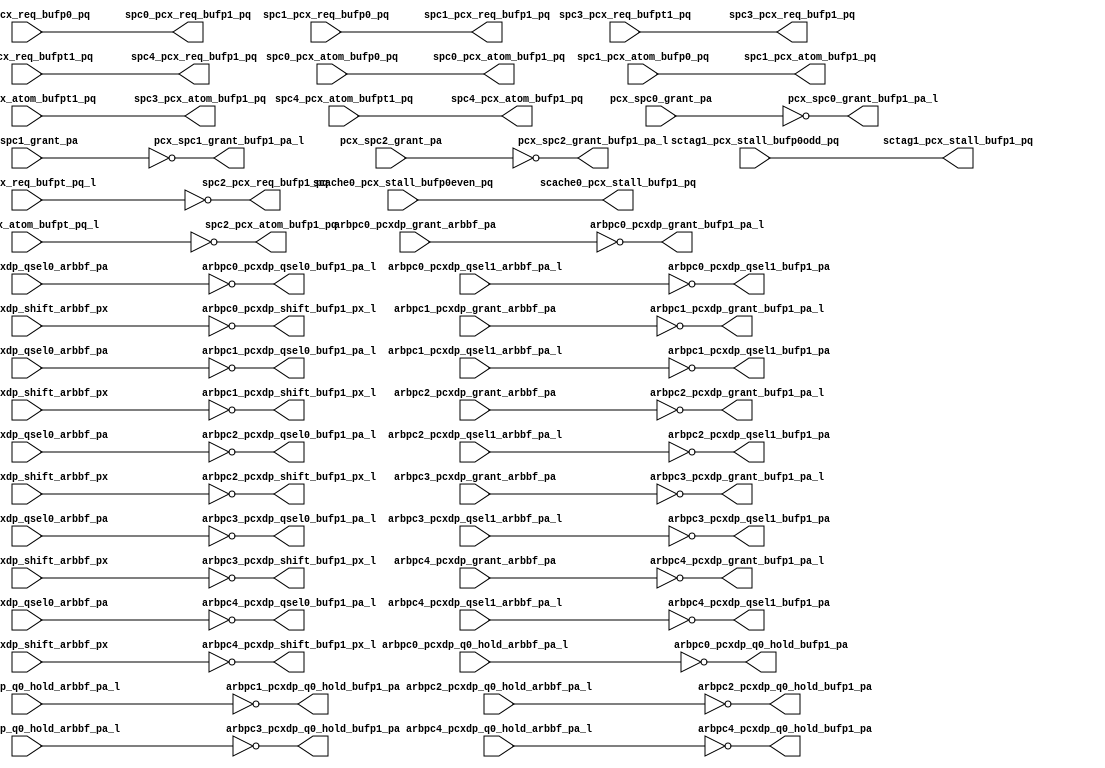
module pcx_buf_p1(/*AUTOARG*/
   // Outputs
   scache0_pcx_stall_bufp1_pq, spc0_pcx_req_bufp1_pq, 
   spc0_pcx_atom_bufp1_pq, spc1_pcx_req_bufp1_pq, 
   spc1_pcx_atom_bufp1_pq, spc2_pcx_req_bufp1_pq, 
   spc2_pcx_atom_bufp1_pq, spc3_pcx_req_bufp1_pq, 
   spc3_pcx_atom_bufp1_pq, spc4_pcx_req_bufp1_pq, 
   spc4_pcx_atom_bufp1_pq, pcx_spc0_grant_bufp1_pa_l, 
   pcx_spc1_grant_bufp1_pa_l, pcx_spc2_grant_bufp1_pa_l, 
   arbpc0_pcxdp_grant_bufp1_pa_l, arbpc0_pcxdp_q0_hold_bufp1_pa, 
   arbpc0_pcxdp_qsel0_bufp1_pa_l, arbpc0_pcxdp_qsel1_bufp1_pa, 
   arbpc0_pcxdp_shift_bufp1_px_l, arbpc1_pcxdp_grant_bufp1_pa_l, 
   arbpc1_pcxdp_q0_hold_bufp1_pa, arbpc1_pcxdp_qsel0_bufp1_pa_l, 
   arbpc1_pcxdp_qsel1_bufp1_pa, arbpc1_pcxdp_shift_bufp1_px_l, 
   arbpc2_pcxdp_grant_bufp1_pa_l, arbpc2_pcxdp_q0_hold_bufp1_pa, 
   arbpc2_pcxdp_qsel0_bufp1_pa_l, arbpc2_pcxdp_qsel1_bufp1_pa, 
   arbpc2_pcxdp_shift_bufp1_px_l, arbpc3_pcxdp_grant_bufp1_pa_l, 
   arbpc3_pcxdp_q0_hold_bufp1_pa, arbpc3_pcxdp_qsel0_bufp1_pa_l, 
   arbpc3_pcxdp_qsel1_bufp1_pa, arbpc3_pcxdp_shift_bufp1_px_l, 
   arbpc4_pcxdp_grant_bufp1_pa_l, arbpc4_pcxdp_q0_hold_bufp1_pa, 
   arbpc4_pcxdp_qsel0_bufp1_pa_l, arbpc4_pcxdp_qsel1_bufp1_pa, 
   arbpc4_pcxdp_shift_bufp1_px_l, sctag1_pcx_stall_bufp1_pq, 
   // Inputs
   scache0_pcx_stall_bufp0even_pq, spc0_pcx_req_bufp0_pq, 
   spc0_pcx_atom_bufp0_pq, spc1_pcx_req_bufp0_pq, 
   spc1_pcx_atom_bufp0_pq, spc2_pcx_req_bufpt_pq_l, 
   spc2_pcx_atom_bufpt_pq_l, spc3_pcx_req_bufpt1_pq, 
   spc3_pcx_atom_bufpt1_pq, spc4_pcx_req_bufpt1_pq, 
   spc4_pcx_atom_bufpt1_pq, pcx_spc0_grant_pa, pcx_spc1_grant_pa, 
   pcx_spc2_grant_pa, arbpc0_pcxdp_grant_arbbf_pa, 
   arbpc0_pcxdp_q0_hold_arbbf_pa_l, arbpc0_pcxdp_qsel0_arbbf_pa, 
   arbpc0_pcxdp_qsel1_arbbf_pa_l, arbpc0_pcxdp_shift_arbbf_px, 
   arbpc1_pcxdp_grant_arbbf_pa, arbpc1_pcxdp_q0_hold_arbbf_pa_l, 
   arbpc1_pcxdp_qsel0_arbbf_pa, arbpc1_pcxdp_qsel1_arbbf_pa_l, 
   arbpc1_pcxdp_shift_arbbf_px, arbpc2_pcxdp_grant_arbbf_pa, 
   arbpc2_pcxdp_q0_hold_arbbf_pa_l, arbpc2_pcxdp_qsel0_arbbf_pa, 
   arbpc2_pcxdp_qsel1_arbbf_pa_l, arbpc2_pcxdp_shift_arbbf_px, 
   arbpc3_pcxdp_grant_arbbf_pa, arbpc3_pcxdp_q0_hold_arbbf_pa_l, 
   arbpc3_pcxdp_qsel0_arbbf_pa, arbpc3_pcxdp_qsel1_arbbf_pa_l, 
   arbpc3_pcxdp_shift_arbbf_px, arbpc4_pcxdp_grant_arbbf_pa, 
   arbpc4_pcxdp_q0_hold_arbbf_pa_l, arbpc4_pcxdp_qsel0_arbbf_pa, 
   arbpc4_pcxdp_qsel1_arbbf_pa_l, arbpc4_pcxdp_shift_arbbf_px, 
   sctag1_pcx_stall_bufp0odd_pq
   );
   
   output               scache0_pcx_stall_bufp1_pq		; 
   output [4:0]		spc0_pcx_req_bufp1_pq		        ;	
   output 		spc0_pcx_atom_bufp1_pq		        ;	
   output [4:0]		spc1_pcx_req_bufp1_pq		        ;	
   output 		spc1_pcx_atom_bufp1_pq		        ;	
   output [4:0]		spc2_pcx_req_bufp1_pq		        ;	
   output 		spc2_pcx_atom_bufp1_pq		        ;	
   output [4:0]		spc3_pcx_req_bufp1_pq		        ;	
   output 		spc3_pcx_atom_bufp1_pq		        ;	
   output [4:0]		spc4_pcx_req_bufp1_pq		        ;	
   output 		spc4_pcx_atom_bufp1_pq		        ;	
   output [4:0] 	pcx_spc0_grant_bufp1_pa_l;
   output [4:0] 	pcx_spc1_grant_bufp1_pa_l;
   output [4:0] 	pcx_spc2_grant_bufp1_pa_l;
   
   

   output [2:0] 		arbpc0_pcxdp_grant_bufp1_pa_l;	
   output [2:0] 		arbpc0_pcxdp_q0_hold_bufp1_pa;
   output [2:0] 		arbpc0_pcxdp_qsel0_bufp1_pa_l;	
   output [2:0] 		arbpc0_pcxdp_qsel1_bufp1_pa;	
   output [2:0] 		arbpc0_pcxdp_shift_bufp1_px_l;	
							     
   output [2:0] 		arbpc1_pcxdp_grant_bufp1_pa_l;	
   output [2:0] 		arbpc1_pcxdp_q0_hold_bufp1_pa;
   output [2:0] 		arbpc1_pcxdp_qsel0_bufp1_pa_l;	
   output [2:0] 		arbpc1_pcxdp_qsel1_bufp1_pa;	
   output [2:0] 		arbpc1_pcxdp_shift_bufp1_px_l;	
							     
   output [2:0] 		arbpc2_pcxdp_grant_bufp1_pa_l;	
   output [2:0] 		arbpc2_pcxdp_q0_hold_bufp1_pa;
   output [2:0] 		arbpc2_pcxdp_qsel0_bufp1_pa_l;	
   output [2:0] 		arbpc2_pcxdp_qsel1_bufp1_pa;	
   output [2:0] 		arbpc2_pcxdp_shift_bufp1_px_l;	
							     
   output [2:0] 		arbpc3_pcxdp_grant_bufp1_pa_l;	
   output [2:0] 		arbpc3_pcxdp_q0_hold_bufp1_pa;
   output [2:0] 		arbpc3_pcxdp_qsel0_bufp1_pa_l;	
   output [2:0] 		arbpc3_pcxdp_qsel1_bufp1_pa;	
   output [2:0] 		arbpc3_pcxdp_shift_bufp1_px_l;	
							     
   output [2:0] 		arbpc4_pcxdp_grant_bufp1_pa_l;	
   output [2:0] 		arbpc4_pcxdp_q0_hold_bufp1_pa;
   output [2:0] 		arbpc4_pcxdp_qsel0_bufp1_pa_l;	
   output [2:0] 		arbpc4_pcxdp_qsel1_bufp1_pa;	
   output [2:0] 		arbpc4_pcxdp_shift_bufp1_px_l;	
							     
   output 		        sctag1_pcx_stall_bufp1_pq;	
   

   input                scache0_pcx_stall_bufp0even_pq ; 
   input [4:0]		spc0_pcx_req_bufp0_pq;	
   input 		spc0_pcx_atom_bufp0_pq;	
   input [4:0]		spc1_pcx_req_bufp0_pq;	
   input 		spc1_pcx_atom_bufp0_pq;	
   input [4:0]		spc2_pcx_req_bufpt_pq_l;	
   input 		spc2_pcx_atom_bufpt_pq_l;	
   input [4:0]		spc3_pcx_req_bufpt1_pq;	
   input 		spc3_pcx_atom_bufpt1_pq;	
   input [4:0]		spc4_pcx_req_bufpt1_pq;	
   input 		spc4_pcx_atom_bufpt1_pq;	
   input [4:0] 		pcx_spc0_grant_pa;
   input [4:0] 		pcx_spc1_grant_pa;
   input [4:0] 		pcx_spc2_grant_pa;

   
   input [2:0]		arbpc0_pcxdp_grant_arbbf_pa;	
   input [2:0]		arbpc0_pcxdp_q0_hold_arbbf_pa_l;
   input [2:0]		arbpc0_pcxdp_qsel0_arbbf_pa;	
   input [2:0]		arbpc0_pcxdp_qsel1_arbbf_pa_l;	
   input [2:0]		arbpc0_pcxdp_shift_arbbf_px;	

   input [2:0]		arbpc1_pcxdp_grant_arbbf_pa;	
   input [2:0]		arbpc1_pcxdp_q0_hold_arbbf_pa_l;
   input [2:0]		arbpc1_pcxdp_qsel0_arbbf_pa;	
   input [2:0]		arbpc1_pcxdp_qsel1_arbbf_pa_l;	
   input [2:0]		arbpc1_pcxdp_shift_arbbf_px;	

   input [2:0]		arbpc2_pcxdp_grant_arbbf_pa;	
   input [2:0]		arbpc2_pcxdp_q0_hold_arbbf_pa_l;
   input [2:0]		arbpc2_pcxdp_qsel0_arbbf_pa;	
   input [2:0]		arbpc2_pcxdp_qsel1_arbbf_pa_l;	
   input [2:0]		arbpc2_pcxdp_shift_arbbf_px;	

   input [2:0]		arbpc3_pcxdp_grant_arbbf_pa;	
   input [2:0]		arbpc3_pcxdp_q0_hold_arbbf_pa_l;
   input [2:0]		arbpc3_pcxdp_qsel0_arbbf_pa;	
   input [2:0]		arbpc3_pcxdp_qsel1_arbbf_pa_l;	
   input [2:0]		arbpc3_pcxdp_shift_arbbf_px;	

   input [2:0]		arbpc4_pcxdp_grant_arbbf_pa;	
   input [2:0]		arbpc4_pcxdp_q0_hold_arbbf_pa_l;
   input [2:0]		arbpc4_pcxdp_qsel0_arbbf_pa;	
   input [2:0]		arbpc4_pcxdp_qsel1_arbbf_pa_l;	
   input [2:0]		arbpc4_pcxdp_shift_arbbf_px;	

   input 		sctag1_pcx_stall_bufp0odd_pq;	

   


   assign		sctag1_pcx_stall_bufp1_pq		=        sctag1_pcx_stall_bufp0odd_pq;

   assign		scache0_pcx_stall_bufp1_pq		=        scache0_pcx_stall_bufp0even_pq;
   assign		spc0_pcx_req_bufp1_pq[4:0]		=        spc0_pcx_req_bufp0_pq[4:0];
   assign 		spc0_pcx_atom_bufp1_pq			=        spc0_pcx_atom_bufp0_pq;
   assign		spc1_pcx_req_bufp1_pq[4:0]		=        spc1_pcx_req_bufp0_pq[4:0];
   assign 		spc1_pcx_atom_bufp1_pq			=        spc1_pcx_atom_bufp0_pq;
   assign		spc2_pcx_req_bufp1_pq[4:0]		=        ~spc2_pcx_req_bufpt_pq_l[4:0];
   assign 		spc2_pcx_atom_bufp1_pq			=        ~spc2_pcx_atom_bufpt_pq_l;
   assign		spc3_pcx_req_bufp1_pq[4:0]		=        spc3_pcx_req_bufpt1_pq[4:0];
   assign 		spc3_pcx_atom_bufp1_pq			=        spc3_pcx_atom_bufpt1_pq;
   assign		spc4_pcx_req_bufp1_pq[4:0]		=        spc4_pcx_req_bufpt1_pq[4:0];
   assign 		spc4_pcx_atom_bufp1_pq			=        spc4_pcx_atom_bufpt1_pq;
   assign               pcx_spc0_grant_bufp1_pa_l[4:0]          =        ~pcx_spc0_grant_pa[4:0];
   assign               pcx_spc1_grant_bufp1_pa_l[4:0]          =        ~pcx_spc1_grant_pa[4:0];
   assign               pcx_spc2_grant_bufp1_pa_l[4:0]          =        ~pcx_spc2_grant_pa[4:0];
   
								
   assign		arbpc0_pcxdp_grant_bufp1_pa_l	   =       ~arbpc0_pcxdp_grant_arbbf_pa;      	
   assign		arbpc0_pcxdp_q0_hold_bufp1_pa	   =       ~arbpc0_pcxdp_q0_hold_arbbf_pa_l;  
   assign		arbpc0_pcxdp_qsel0_bufp1_pa_l	   =       ~arbpc0_pcxdp_qsel0_arbbf_pa;      
   assign		arbpc0_pcxdp_qsel1_bufp1_pa	   =       ~arbpc0_pcxdp_qsel1_arbbf_pa_l;    
   assign		arbpc0_pcxdp_shift_bufp1_px_l	   =       ~arbpc0_pcxdp_shift_arbbf_px;      
								                                                  
   assign		arbpc1_pcxdp_grant_bufp1_pa_l	   =       ~arbpc1_pcxdp_grant_arbbf_pa;      	
   assign		arbpc1_pcxdp_q0_hold_bufp1_pa	   =       ~arbpc1_pcxdp_q0_hold_arbbf_pa_l;  
   assign		arbpc1_pcxdp_qsel0_bufp1_pa_l	   =       ~arbpc1_pcxdp_qsel0_arbbf_pa;      
   assign		arbpc1_pcxdp_qsel1_bufp1_pa	   =       ~arbpc1_pcxdp_qsel1_arbbf_pa_l;    
   assign		arbpc1_pcxdp_shift_bufp1_px_l	   =       ~arbpc1_pcxdp_shift_arbbf_px;      
								                                                  
   assign		arbpc2_pcxdp_grant_bufp1_pa_l	   =       ~arbpc2_pcxdp_grant_arbbf_pa;      	
   assign		arbpc2_pcxdp_q0_hold_bufp1_pa	   =       ~arbpc2_pcxdp_q0_hold_arbbf_pa_l;  
   assign		arbpc2_pcxdp_qsel0_bufp1_pa_l	   =       ~arbpc2_pcxdp_qsel0_arbbf_pa;      
   assign		arbpc2_pcxdp_qsel1_bufp1_pa	   =       ~arbpc2_pcxdp_qsel1_arbbf_pa_l;    
   assign		arbpc2_pcxdp_shift_bufp1_px_l	   =       ~arbpc2_pcxdp_shift_arbbf_px;      
								                                                  
   assign		arbpc3_pcxdp_grant_bufp1_pa_l	   =       ~arbpc3_pcxdp_grant_arbbf_pa;      	
   assign		arbpc3_pcxdp_q0_hold_bufp1_pa	   =       ~arbpc3_pcxdp_q0_hold_arbbf_pa_l;  
   assign		arbpc3_pcxdp_qsel0_bufp1_pa_l	   =       ~arbpc3_pcxdp_qsel0_arbbf_pa;      
   assign		arbpc3_pcxdp_qsel1_bufp1_pa	   =       ~arbpc3_pcxdp_qsel1_arbbf_pa_l;    
   assign		arbpc3_pcxdp_shift_bufp1_px_l	   =       ~arbpc3_pcxdp_shift_arbbf_px;      
								                                                  
   assign		arbpc4_pcxdp_grant_bufp1_pa_l	   =       ~arbpc4_pcxdp_grant_arbbf_pa;      	
   assign		arbpc4_pcxdp_q0_hold_bufp1_pa	   =       ~arbpc4_pcxdp_q0_hold_arbbf_pa_l;  
   assign		arbpc4_pcxdp_qsel0_bufp1_pa_l	   =       ~arbpc4_pcxdp_qsel0_arbbf_pa;      
   assign		arbpc4_pcxdp_qsel1_bufp1_pa	   =       ~arbpc4_pcxdp_qsel1_arbbf_pa_l;    
   assign		arbpc4_pcxdp_shift_bufp1_px_l	   =       ~arbpc4_pcxdp_shift_arbbf_px;      
								                                                  

        
   

endmodule